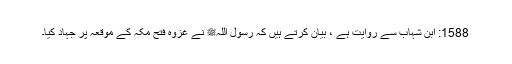
1588: ابن شہاب سے روایت ہے ، بیان کرتے ہیں کہ رسول اللہﷺ نے غزوہ فتح مکہ کے موقعہ پر جہاد کیا۔